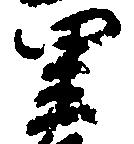
里